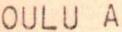
OULU A